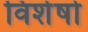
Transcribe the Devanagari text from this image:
विशेषो